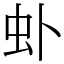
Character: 虲